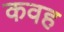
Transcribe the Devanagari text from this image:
कवह